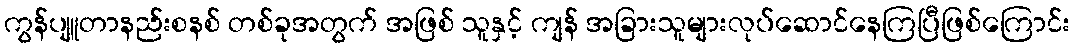
ကွန်ပျူတာနည်းစနစ် တစ်ခုအတွက် အဖြစ် သူနှင့် ကျန် အခြားသူများလုပ်ဆောင်နေကြပြီဖြစ်ကြောင်း